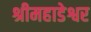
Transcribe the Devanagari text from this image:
श्रीमहाडेश्वर